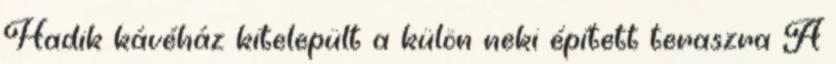
Hadik kávéház kitelepült a külön neki épített teraszra A